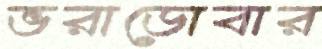
ভরাডোবার